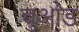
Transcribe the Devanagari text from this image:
चुआंड